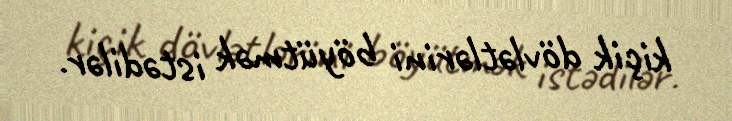
kiçik dövlətlərini böyütmək istədilər.